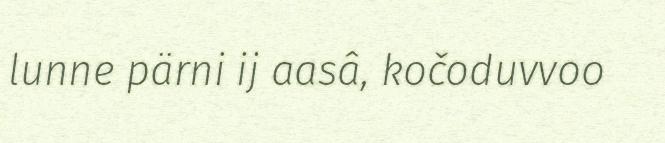
lunne pärni ij aasâ, kočoduvvoo